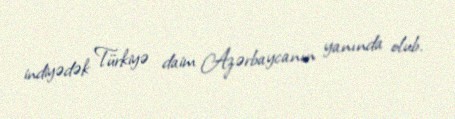
indiyədək Türkiyə daim Azərbaycanın yanında olub.